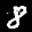
Label: 8